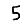
Digit: 5